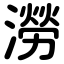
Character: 澇